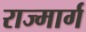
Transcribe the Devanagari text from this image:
राज्मार्ग